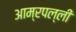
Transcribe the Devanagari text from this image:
आम्रपल्ली